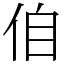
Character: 㑑